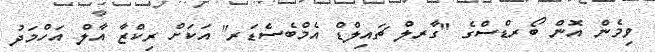
ވިމެން އޮން ބޯރޑްސްގެ "ގާރލް ޗައިލްޑް އެމްބެސެޑަރ" އަކަށް ރިކްޒާ އާލް އަހްމަދު